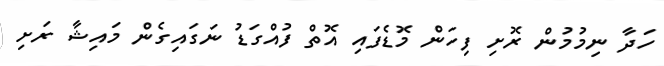
ހަދާ ނިމުމުން ރޮށި ފިހަން މޮޑެފައި އޮތް ފުއްގަޑު ނަގައިގެން މައިޝާ ރަށި